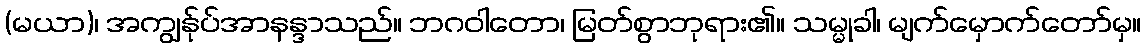
(မယာ)၊ အကျွန်ုပ်အာနန္ဒာသည်။ ဘဂဝါတော၊ မြတ်စွာဘုရား၏။ သမ္မုခါ၊ မျက်မှောက်တော်မှ။